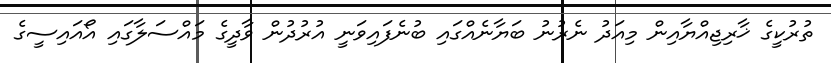
ތުރުކީގެ ޚާރިޖިއްޔާއިން މިއަދު ނެރުނު ބަޔާނެއްގައި ބުނެފައިވަނީ އުރުދުން ވާދީގެ މައްސަލާގައި އޯއައިސީގެ